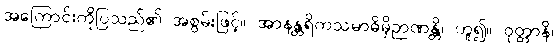
အကြောင်းကိုပြသည်၏ အစွမ်းဖြင့်။ အာနန္တရိကသမာဓိမှိဉာဏန္တိ၊ ဟူ၍။ ဝုတ္တာနိ၊